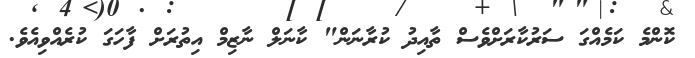
ކޮންމެ ކަމެއްގަ ސަރުކާރަށްވެސް ތާއިދު ކުރާނަން" ކާނަލް ނާޒިމް އިތުރަށް ފާހަގަ ކުރެއްވިއެވެ.